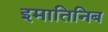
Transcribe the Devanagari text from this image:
इमातिनिब